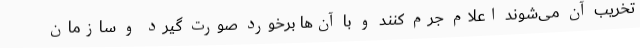
تخریب آن می‌شوند اعلام جرم کنند و با آن‌ها برخورد صورت گیرد و سازمان